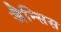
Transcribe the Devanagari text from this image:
जैन्सिस